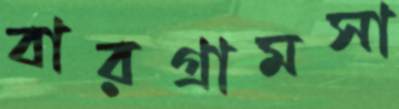
বারগ্রামসা